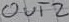
Text: OUT2